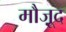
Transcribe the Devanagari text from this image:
मौजू़द